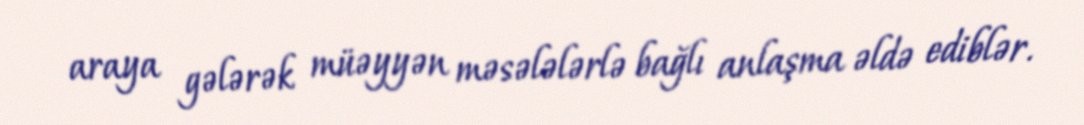
araya gələrək müəyyən məsələlərlə bağlı anlaşma əldə ediblər.